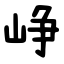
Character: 峥